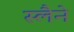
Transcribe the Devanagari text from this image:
स्लैने